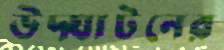
উদ্ঘাটনের